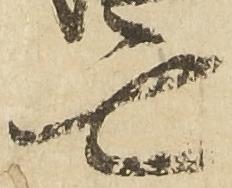
亡